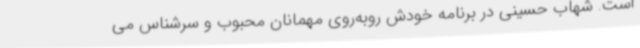
است. شهاب حسینی در برنامه خودش روبه‌روی مهمانان محبوب و سرشناس می